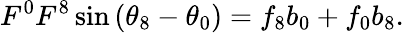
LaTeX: F^{0}F^{8}\sin{(\theta_{8}-\theta_{0})}=f_{8}b_{0}+f_{0}b_{8}.